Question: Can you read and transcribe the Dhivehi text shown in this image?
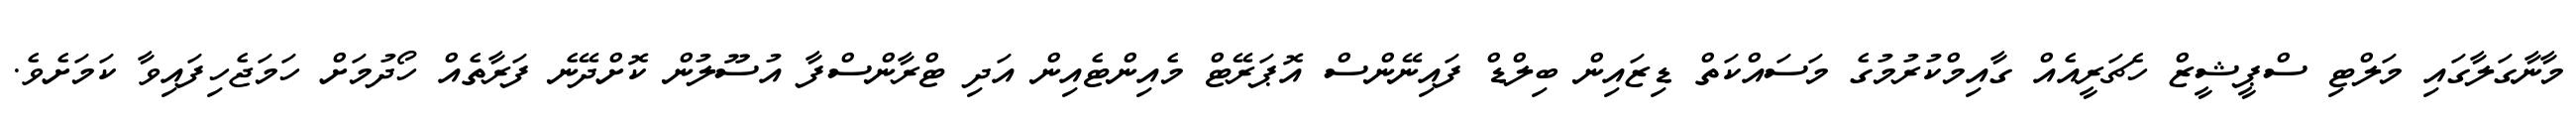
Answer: މާނާގަލާގައި މަލްޓި ސްޕީޝީޒް ހެޗަރީއެއް ގާއިމްކުރުމުގެ މަސައްކަތް ޑިޒައިން ބިލްޑް ފައިނޭންސް އޮޕަރޭޓް މެއިންޓެއިން އަދި ޓްރާންސްފާ އުސޫލުން ކޮށްދޭނެ ފަރާތެއް ހޯދުމަށް ހަމަޖެހިފައިވާ ކަމަށެވެ.